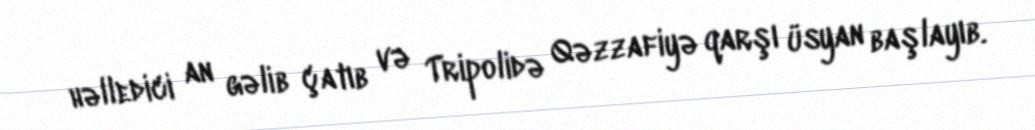
həlledici an gəlib çatıb və Tripolidə Qəzzafiyə qarşı üsyan başlayıb.